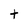
Character: t